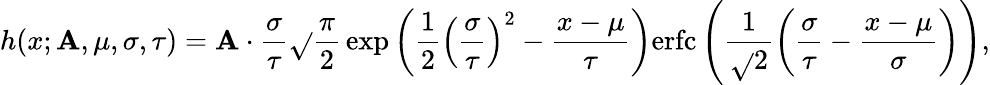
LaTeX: h(x;\mathbf{A},\mu,\sigma,\tau)=\mathbf{A}\cdot\frac{{\sigma}}{{\tau}}\sqrt{}{{\frac{{\pi}}{{2}}}}\exp\left(\frac{{1}}{{2}}\left(\frac{{\sigma}}{{\tau}}\right)^{2}-\frac{{x-\mu}}{{\tau}}\right)\mathrm{{erfc}}\left(\frac{{1}}{{\sqrt{}{{2}}}}\left(\frac{{\sigma}}{{\tau}}-\frac{{x-\mu}}{{\sigma}}\right)\right),